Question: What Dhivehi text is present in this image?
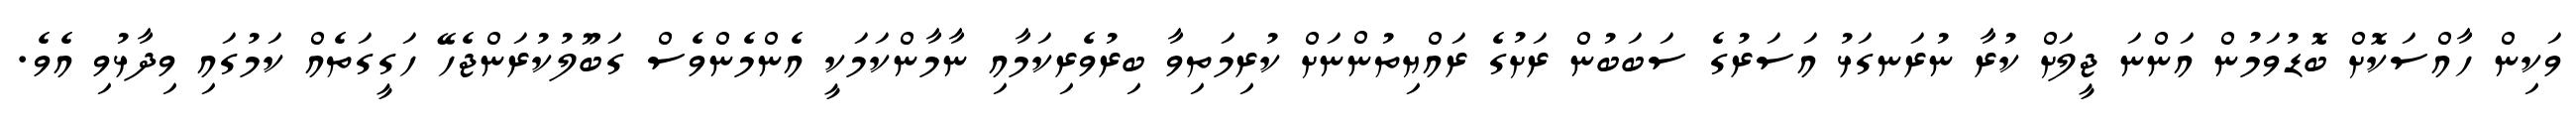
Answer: ވަކިން ހާއްސަކޮށް ބޮޑުވަމުން އަންނަ ޖީލަށް ކުރާ ނުރަނގަޅު އަސަރުގެ ސަބަބުން ރަށުގެ ރައްޔިތުންނަށް ކުރިމަތިވާ ބިރުވެރިކަމާއި ނާމާންކަމަކީ އެންމެންވެސް ގަބޫލުކުރަންޖެހޭ ހަގީގަތެއް ކަމުގައި ވިދާޅުވި އެވެ.